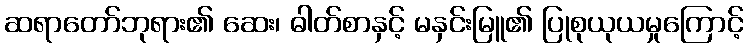
ဆရာတော်ဘုရား၏ ဆေး၊ ဓါတ်စာနှင့် မနှင်းမြူ၏ ပြုစုယုယမှုကြောင့်